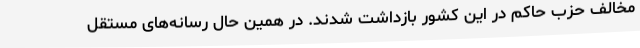
مخالف حزب حاکم در این کشور بازداشت شدند. در همین حال رسانه‌های مستقل